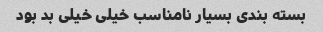
بسته بندی بسیار نامناسب خیلی خیلی بد بود